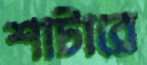
শাটারে